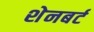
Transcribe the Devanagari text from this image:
शेनबर्ट